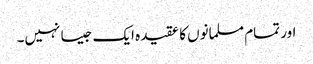
اور تمام مسلمانوں کا عقیدہ ایک جیسا نہیں‌۔